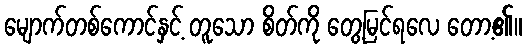
မျောက်တစ်ကောင်နှင့် တူသော စိတ်ကို တွေ့မြင်ရလေ တော့၏။